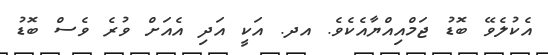
އެކުލެވޭ ބޮޑު ޖަމްއިއްޔާއެކެވެ. އދ. އަކީ އަދި އެއަށް ވުރެ ވެސް ބޮޑު